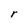
Character: r